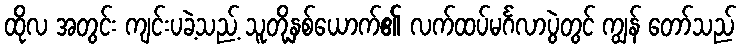
ထိုလ အတွင်း ကျင်းပခဲ့သည့် သူတို့နှစ်ယောက်၏ လက်ထပ်မင်္ဂလာပွဲတွင် ကျွန် တော်သည်